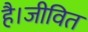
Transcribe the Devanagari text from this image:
है।जीवित